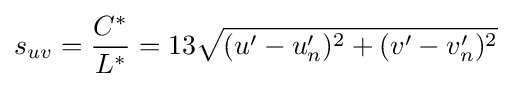
s_{uv}={\frac {C^{*}}{L^{*}}}=13{\sqrt {(u'-u'_{n})^{2}+(v'-v'_{n})^{2}}}